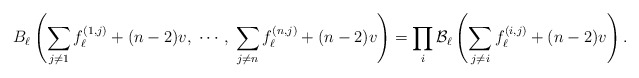
\begin{align*}B_\ell\left(\sum_{j \neq 1} f_\ell^{(1,j)} + (n-2)v, \; \cdots,\; \sum_{j \neq n} f_\ell^{(n,j)} + (n-2)v\right)=\prod_{i} \mathcal{B}_\ell\left( \sum_{j \neq i} f_\ell^{(i,j)}+(n-2)v\right).\end{align*}